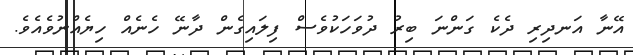
އޭނާ އަނދިރި ދެކެ ގަންނަ ބިރު ދުވަހަކުވެސް ފިލައިގެން ދާނޭ ހެނެއް ހިޔެއްނުވެއެވެ.